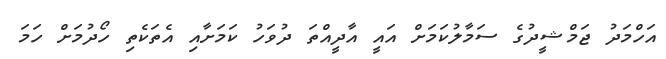
އަހްމަދު ޖަމްޝީދުގެ ސަމާލުކަމަށް އައީ އާދީއްތަ ދުވަހު ކަމަށާއި އެތަކެތި ހޯދުމަށް ހަމަ